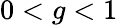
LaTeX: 0<g<1